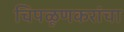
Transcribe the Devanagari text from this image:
चिपळूणकरांचा